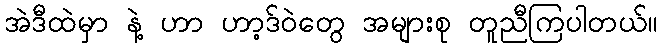
အဲဒီထဲမှာ နဲ့ ဟာ ဟာ့ဒ်ဝဲတွေ အများစု တူညီကြပါတယ်။